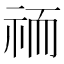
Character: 𮁮